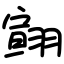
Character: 翧